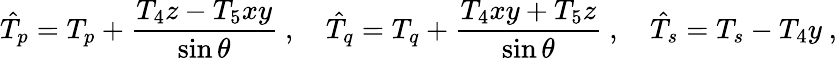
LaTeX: \hat{T}_{p}=T_{p}+\frac{T_{4}z-T_{5}xy}{\sin\theta}\ ,\quad\hat{T}_{q}=T_{q}+\frac{T_{4}xy+T_{5}z}{\sin\theta}\ ,\quad\hat{T}_{s}=T_{s}-T_{4}y\ ,